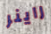
راينر